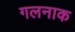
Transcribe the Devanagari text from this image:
गलनाक